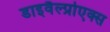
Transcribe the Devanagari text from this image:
डाइवैल्प्रोएक्स